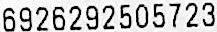
6926292505723